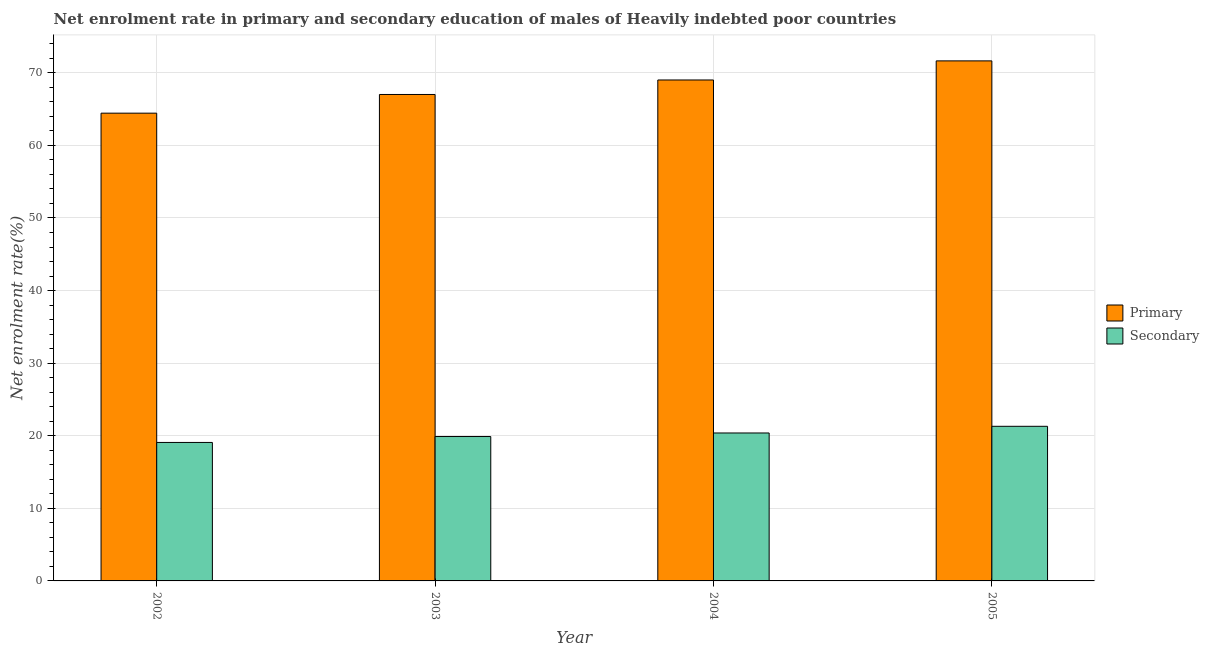
| Year | Primary | Secondary |
 | --- | --- | --- |
 | 2002 | 64.4 | 19.1 |
 | 2003 | 67 | 19.9 |
 | 2004 | 69 | 20.4 |
 | 2005 | 71.6 | 21.3 |